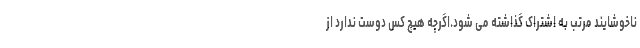
ناخوشایند مرتب به اشتراک گذاشته می شود.اگرچه هیچ کس دوست ندارد از